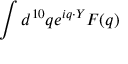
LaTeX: \int d ^ { 1 0 } q e ^ { i q \cdot Y } F ( q )